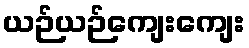
ယဉ်ယဉ်ကျေးကျေး